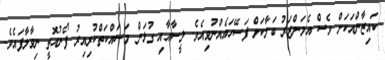
ކައިޒާންއަކަށް ވެސް އެމަންޒަރު ބަލާކަށް ފަސޭހައެއްނުވިއެވެ. ލީސާއާއި ގުޅަން މަސައްކަތްކުރިއިރު ފޯނުއޮތީ ނިވާލާފައެވެ.